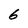
Character: 6